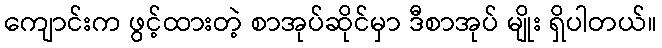
ကျောင်းက ဖွင့်ထားတဲ့ စာအုပ်ဆိုင်မှာ ဒီစာအုပ် မျိုး ရှိပါတယ်။